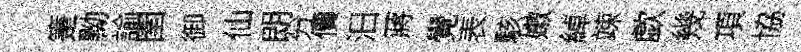
箑黝諭圉御仙朗分價汨蔣覺表駭嫩綽竦歔幾項協